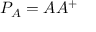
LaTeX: P _ { A } = A A ^ { + }